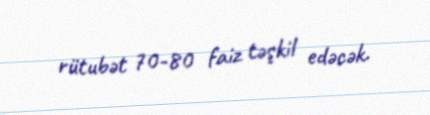
rütubət 70-80 faiz təşkil edəcək.